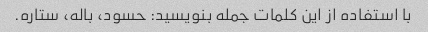
با استفاده از این کلمات جمله بنویسید: حسود، باله، ستاره.